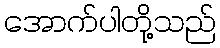
အောက်ပါတို့သည်